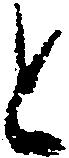
と